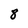
Character: 8